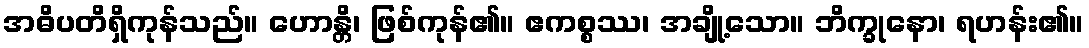
အဓိပတိရှိကုန်သည်။ ဟောန္တိ၊ ဖြစ်ကုန်၏။ ဧကစ္စဿ၊ အချို့သော။ ဘိက္ခုနော၊ ရဟန်း၏။